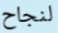
لنجاح